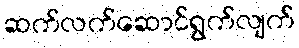
ဆက်လက်ဆောင်ရွက်လျက်